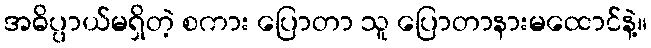
အဓိပ္ပာယ်မရှိတဲ့ စကား ပြောတာ သူ ပြောတာနားမထောင်နဲ့။